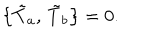
LaTeX: \bigl \{ \tilde { T } _ { a } , \, \tilde { T } _ { b } \bigr \} = 0 .